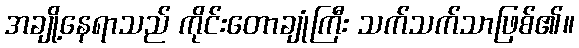
အချို့နေရာသည် ကိုင်းတောချုံကြီး သက်သက်သာဖြစ်၏။